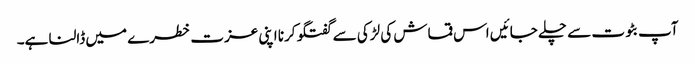
آپ بٹوت سے چلے جائیں اس قماش کی لڑکی سے گفتگو کرنا اپنی عزت خطرے میں ڈالنا ہے۔